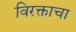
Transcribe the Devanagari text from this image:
विरक्ताचा